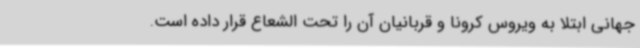
جهانی ابتلا به ویروس کرونا و قربانیان آن را تحت الشعاع قرار داده است.